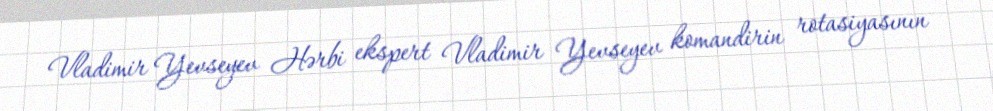
Vladimir Yevseyev Hərbi ekspert Vladimir Yevseyev komandirin rotasiyasının